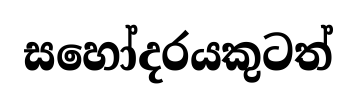
සහෝදරයකුටත්